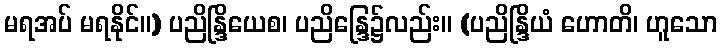
မရအပ် မရနိုင်။) ပညိန္ဒြိယေစ၊ ပညိန္ဒြေ၌လည်း။ (ပညိန္ဒြိယံ ဟောတိ၊ ဟူသော